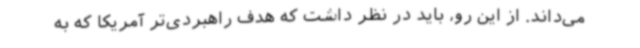
می‌داند. از این رو، باید در نظر داشت که هدف راهبردی‌تر آمریکا که به